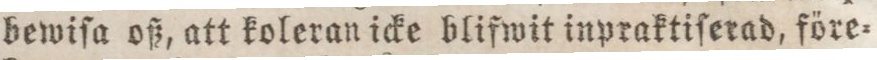
bewiſa oß, att koleran icke blifwit inpraktiſerad, före=